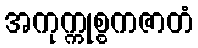
အကုက္ကုစ္စကဇာတံ